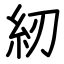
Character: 紉